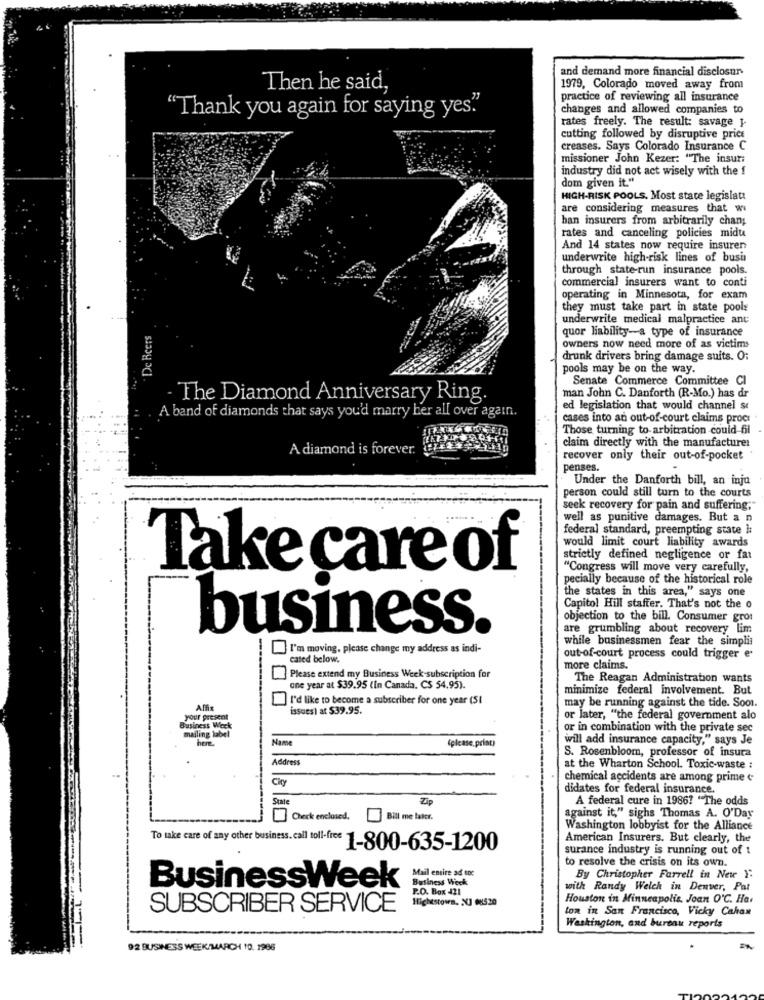
and demand more financial disclosure
Then he said,
1979, Colorado moved away from
practice of reviewing all insurance
changes and allowed companies to
"Thank you again for saying yes"
rates freely. The result: savage 1-
cutting followed by disruptive price
creases. Says Colorado Insurance C
missioner John Kezer: "The insur;
industry did not act wisely with the f
dom given it."
HIGH-RISK POOLS. Most state legislati
are considering measures that w
han insurers from arbitrarily chan;
rates and canceling policies midu
And 14 states now require insuren
underwrite high-risk lines of busin
through state-run insurance pools.
commercial insurers want to conti
operating in Minnesota, for exam
they must take part in state pools
underwrite medical malpractice ant
De Beers
quor liability-a type of insurance
owners now need more of as victims
drunk drivers bring damage suits. O:
pools may be on the way.
Senate Commerce Committee Cl
- The Diamond Anniversary Ring.
man John C. Danforth (R-Mo.) has dr
ed legislation that would channel se
A band of diamonds that says you'd marry her all over again.
cases into an out-of-court claims proce
Those turning to arbitration could 6l
A diamond is forever.
claim directly with the manufacturer
recover only their out-of-pocket
penses.
Under the Danforth bill, an inju
person could still turn to the courts
seek recovery for pain and suffering."
well as punitive damages. But a n
federal standard, preempting state l:
would limit court liability awards
strictly defined negligence or fat
Take care of
"Congress will move very carefully,
pecially because of the historical role
the states in this area," says one
Capitol Hill staffer. That's not the o
objection to the bill. Consumer grot
are grumbling about recovery lim
business.
while businessmen fear the simplis
I'm moving, please change my address as indi-
cated below.
out-of-court process could trigger e'
more claims.
Please extend my Business Week-subscription for
The Reagan Administration wants
one year at $39.95 (In Canada. C$ 54.95).
minimize federal involvement. But
I'd like to become a subscriber for one year (51
may be running against the tide. Soon.
Affix
issues) at $39.95.
your present
or later, "the federal government alo
Business Week
mailing label
or in combination with the private sec
here.
Name
(please.print)
will add insurance capacity," says Je
Address
S. Rosenbloom, professor of insura
at the Wharton School. Toxic-waste :
City
chemical accidents are among prime
didates for federal insurance.
Zip
A federal cure in 1986? "The odds
State
Check enclosed.
Bill me lakt.
against it," sighs Thomas A. O'Day
Washington lobbyist for the Alliance
American Insurers. But clearly, the
To take care of any other business. call toll-free 1-800-635-1200
surance industry is running out of 1
to resolve the crisis on its own.
Mail entire ad to:
Business Week
By Christopher Farrell in New Y:
BusinessWeek
P.O. Box 421
with Randy Welch in Denver, Pat
Houston in Minneapolis. Joan O℃. Ha.
SUBSCRIBER SERVICE
Highestown, XJ 08520
ton in San Francisco, Vicky Cahan
Washington, and bureau reports
92 BUSINESS WEEK/MARCH 10. 1986